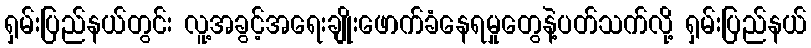
ရှမ်းပြည်နယ်တွင်း လူ့အခွင့်အရေးချိုးဖောက်ခံနေရမှုတွေနဲ့ပတ်သက်လို့ ရှမ်းပြည်နယ်